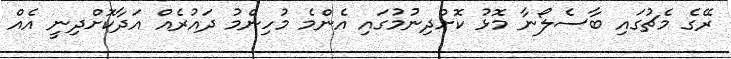
ރޭގެ މެޗުގައި ބާސެލޯނާ މޮޅު ކޮށްދިނުމުގައި އެންމެ މުހިންމު ދައުރެއް އަދާކޮށްދިނީ އެއް